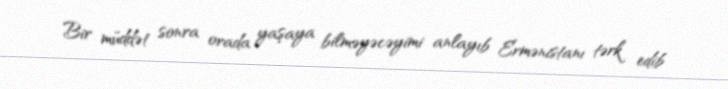
Bir müddət sonra orada yaşaya bilməyəcəyimi anlayıb Ermənistanı tərk edib